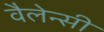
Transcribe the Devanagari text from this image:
वैलेन्सी